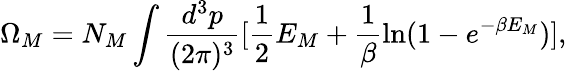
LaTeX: \Omega_{M}=N_{M}\int\frac{d^{3}p}{(2\pi)^{3}}[\frac 12E_{M}+\frac 1\beta\ln(1-e^{-\beta E_{M}})],